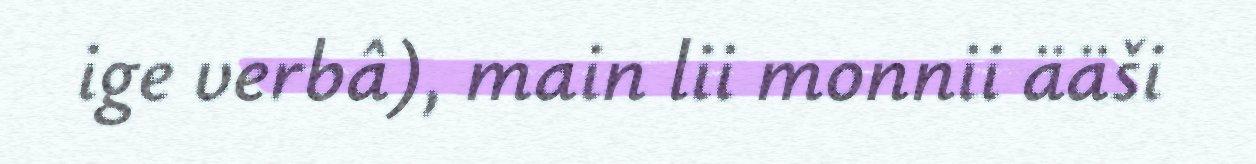
ige verbâ), main lii monnii ääši